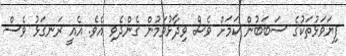
ފިޔަވަޅުތަކުގެ ސަބަބުން ކަމަށް ވެސް ވިދާޅުވަމުން ގެންދެވި އެވެ. އެއީ ރަނގަޅު ވެސް